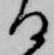
る